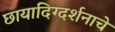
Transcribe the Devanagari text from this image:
छायादिग्दर्शनाचे